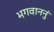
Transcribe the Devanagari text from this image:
भगवाननुं